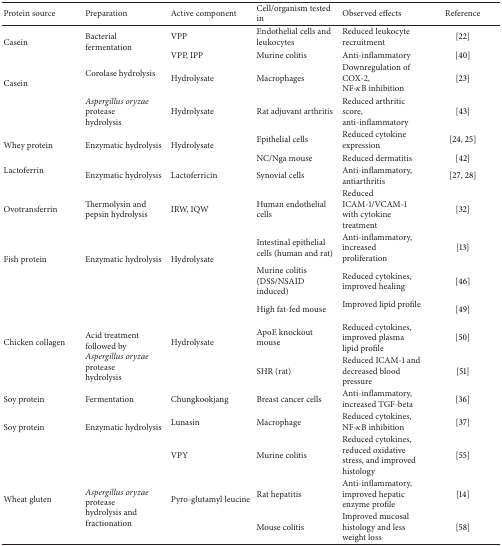
<table><thead><tr><td><b>Protein source</b></td><td><b>Preparation</b></td><td><b>Active component</b></td><td><b>Cell/organism tested in</b></td><td><b>Observed effects</b></td><td><b>Reference </b></td></tr></thead><tbody><tr><td rowspan="2">Casein</td><td rowspan="2">Bacterial fermentation</td><td>VPP</td><td>Endothelial cells and leukocytes </td><td>Reduced leukocyte recruitment </td><td>[22]</td></tr><tr><td>VPP, IPP</td><td>Murine colitis</td><td>Anti-inflammatory</td><td>[40]</td></tr><tr><td rowspan="2">Casein</td><td>Corolase hydrolysis</td><td>Hydrolysate</td><td>Macrophages</td><td>Downregulation of COX-2, NF-<i>κ</i>B inhibition</td><td>[23]</td></tr><tr><td><i>Aspergillus oryzae</i> protease hydrolysis</td><td>Hydrolysate</td><td>Rat adjuvant arthritis</td><td>Reduced arthritic score, anti-inflammatory</td><td>[43]</td></tr><tr><td rowspan="2">Whey protein</td><td rowspan="2">Enzymatic hydrolysis</td><td rowspan="2">Hydrolysate</td><td>Epithelial cells</td><td>Reduced cytokine expression</td><td>[24, 25]</td></tr><tr><td>NC/Nga mouse</td><td>Reduced dermatitis</td><td>[42]</td></tr><tr><td>Lactoferrin</td><td>Enzymatic hydrolysis</td><td>Lactoferricin</td><td>Synovial cells</td><td>Anti-inflammatory, antiarthritis</td><td>[27, 28]</td></tr><tr><td>Ovotransferrin</td><td>Thermolysin and pepsin hydrolysis</td><td>IRW, IQW</td><td>Human endothelial cells </td><td>Reduced ICAM-1/VCAM-1 with cytokine treatment</td><td>[32]</td></tr><tr><td rowspan="3">Fish protein</td><td rowspan="3">Enzymatic hydrolysis</td><td rowspan="3">Hydrolysate</td><td>Intestinal epithelial cells (human and rat)</td><td>Anti-inflammatory, increased proliferation</td><td>[13]</td></tr><tr><td>Murine colitis (DSS/NSAID induced)</td><td>Reduced cytokines, improved healing</td><td>[46]</td></tr><tr><td>High fat-fed mouse</td><td>Improved lipid profile</td><td>[49]</td></tr><tr><td rowspan="2">Chicken collagen</td><td rowspan="2">Acid treatment followed by <i>Aspergillus oryzae</i> protease hydrolysis</td><td rowspan="2">Hydrolysate</td><td>ApoE knockout mouse</td><td>Reduced cytokines, improved plasma lipid profile</td><td>[50]</td></tr><tr><td>SHR (rat)</td><td>Reduced ICAM-1 and decreased blood pressure</td><td>[51]</td></tr><tr><td>Soy protein</td><td>Fermentation</td><td>Chungkookjang </td><td>Breast cancer cells</td><td>Anti-inflammatory, increased TGF-beta</td><td>[36]</td></tr><tr><td rowspan="2">Soy protein</td><td rowspan="2">Enzymatic hydrolysis</td><td>Lunasin</td><td>Macrophage</td><td>Reduced cytokines, NF-<i>κ</i>B inhibition</td><td>[37]</td></tr><tr><td>VPY</td><td>Murine colitis</td><td>Reduced cytokines, reduced oxidative stress, and improved histology</td><td>[55]</td></tr><tr><td rowspan="2">Wheat gluten</td><td rowspan="2"><i>Aspergillus oryzae</i> protease hydrolysis and fractionation</td><td rowspan="2">Pyro-glutamyl leucine</td><td>Rat hepatitis</td><td>Anti-inflammatory, improved hepatic enzyme profile</td><td>[14]</td></tr><tr><td>Mouse colitis</td><td>Improved mucosal histology and less weight loss</td><td>[58]</td></tr></tbody></table>